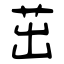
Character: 茁